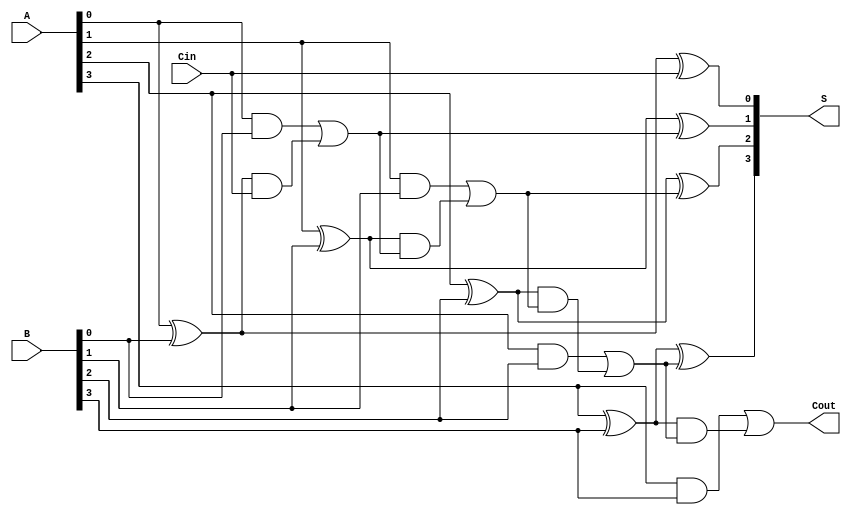
module CILA #(parameter n = 4) (
    input  [n-1:0] A,      // First n-bit operand
    input  [n-1:0] B,      // Second n-bit operand
    input          Cin,     // Carry input
    output [n-1:0] S,      // n-bit sum output
    output         Cout     // Carry out
);

    // Generate and Propagate signals
    wire [n-1:0] G; // Generate signals
    wire [n-1:0] P; // Propagate signals
    wire [n:0] C;   // Carry signals (C[0] to C[n])

    // Generate and Propagate Logic
    genvar i;
    generate
        for (i = 0; i < n; i = i + 1) begin : gen_and_prop
            assign G[i] = A[i] & B[i]; // Generate
            assign P[i] = A[i] ^ B[i]; // Propagate
        end
    endgenerate

    // Carry Lookahead Logic
    assign C[0] = Cin; // C[0] is the carry input
    generate
        for (i = 1; i <= n; i = i + 1) begin : carry_logic
            assign C[i] = G[i-1] | (P[i-1] & C[i-1]); // Carry generation
        end
    endgenerate

    // Sum Calculation
    generate
        for (i = 0; i < n; i = i + 1) begin : sum_calculation
            assign S[i] = P[i] ^ C[i]; // Sum
        end
    endgenerate

    // Final Carry Out
    assign Cout = G[n-1] | (P[n-1] & C[n-1]); // Carry out

endmodule